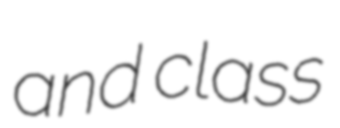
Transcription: and class